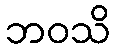
ဘဝသိ